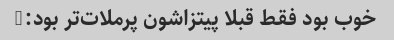
خوب بود فقط قبلا پیتزاشون پرملات‌تر بود:)